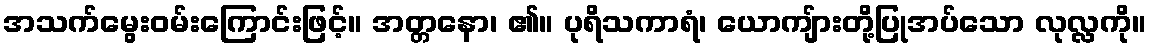
အသက်မွေးဝမ်းကြောင်းဖြင့်။ အတ္တနော၊ ၏။ ပုရိသကာရံ၊ ယောကျ်ားတို့ပြုအပ်သော လုလ္လကို။